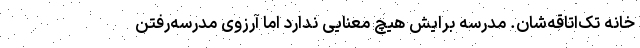
خانه تک‌اتاقه‌شان. مدرسه برایش هیچ معنایی ندارد اما آرزوی مدرسه‌رفتن